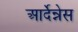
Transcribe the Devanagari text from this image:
आर्देन्नेस